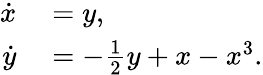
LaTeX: \begin{array}{rl}{\dot{x}}&{{}=y,}\\ {\dot{y}}&{{}=-\frac{1}{2}y+x-x^{3}.}\end{array}